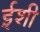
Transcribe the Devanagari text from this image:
ईशी